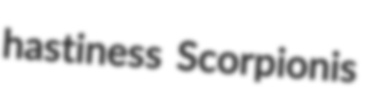
hastiness Scorpionis